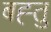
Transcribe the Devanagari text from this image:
बह्तु